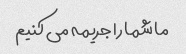
ما شما را جریمه می کنیم